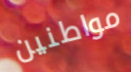
مواطنين